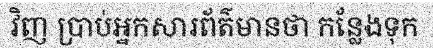
វិញ ប្រាប់អ្នកសារព័ត៌មានថា កន្លែងទុក